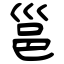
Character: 邕